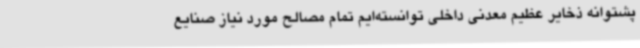
پشتوانه ذخایر عظیم معدنی داخلی توانسته‌ایم تمام مصالح مورد نیاز صنایع